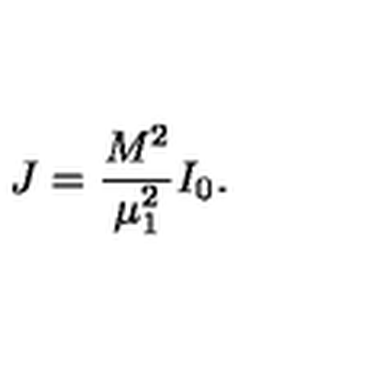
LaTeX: J = \frac { M ^ { 2 } } { \mu _ { 1 } ^ { 2 } } I _ { 0 } .